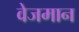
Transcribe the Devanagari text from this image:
वेजमान